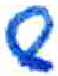
אות: ש